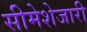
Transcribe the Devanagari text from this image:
सीमेशेजारी